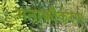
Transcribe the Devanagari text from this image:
मनाकीकरण